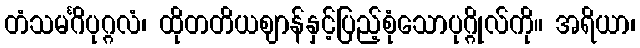
တံသမင်္ဂိပုဂ္ဂလံ၊ ထိုတတိယဈာန်နှင့်ပြည့်စုံသောပုဂ္ဂိုလ်ကို။ အရိယာ၊